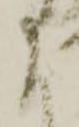
に